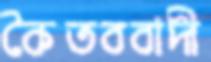
কৈতববাদী